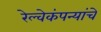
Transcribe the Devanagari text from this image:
रेल्वेकंपन्यांचे